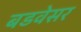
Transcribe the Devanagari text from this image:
बडवेसर